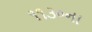
૧૧૩૦ના